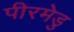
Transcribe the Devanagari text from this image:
पीरमेडु